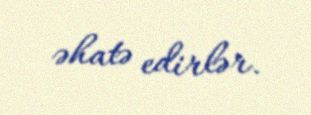
əhatə edirlər.